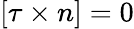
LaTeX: [\tau\times n]=0